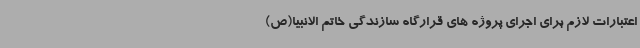
اعتبارات لازم برای اجرای پروژه های قرارگاه سازندگی خاتم الانبیا(ص)